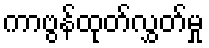
ကာဗွန်ထုတ်လွှတ်မှု